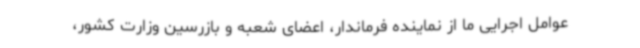
عوامل اجرایی ما از نماینده فرماندار، اعضای شعبه و بازرسین وزارت کشور،